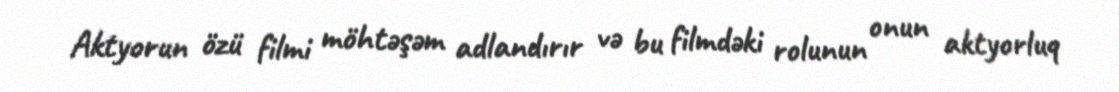
Aktyorun özü filmi möhtəşəm adlandırır və bu filmdəki rolunun onun aktyorluq